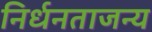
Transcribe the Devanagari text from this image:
निर्धनताजन्य